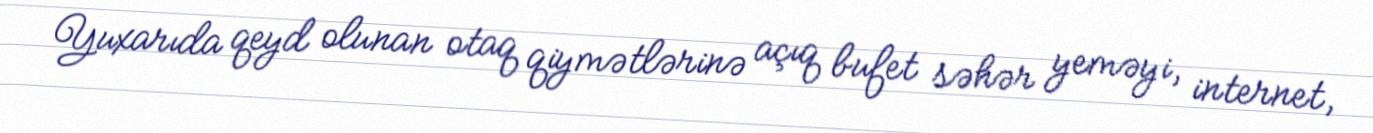
Yuxarıda qeyd olunan otaq qiymətlərinə açıq bufet səhər yeməyi, internet,